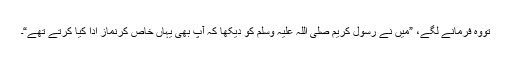
تووہ فرمانے لگے، ”میں نے رسول کریم صلی اللہ علیہ وسلم کو دیکھا کہ آپ بھی یہاں خاص کرنماز ادا کیا کرتے تھے“۔